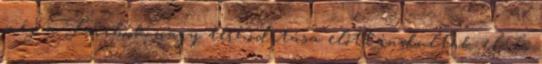
még a Facebook nagy térhódítása előtt indultak el, és